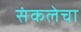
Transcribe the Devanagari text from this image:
संकलेचा